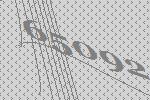
65092